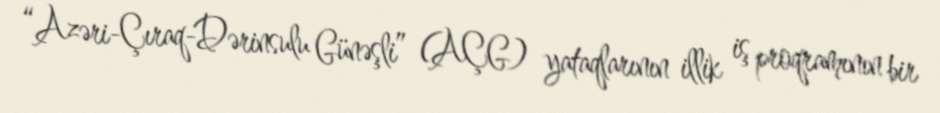
“Azəri-Çıraq-Dərinsulu Günəşli” (AÇG) yataqlarının illik iş proqramının bir